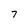
Character: 7